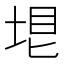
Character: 𡋳